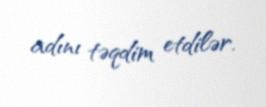
adını təqdim etdilər.